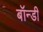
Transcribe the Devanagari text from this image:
बॉन्डी